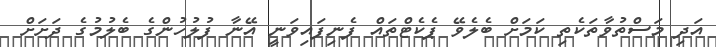
އަދި މަސްތުވާތަކެތި ކަމަށް ބެލެވޭ ޕެކެޓްތައް ފެނިފައިވަނީ އޭނާ ފުލުހުންގެ ބެލުމުގެ ދަށަށް